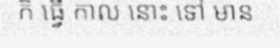
ក៏ ធ្វើ កាល នោះ ទៅ មាន